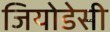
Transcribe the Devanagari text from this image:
जियोडेसी